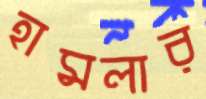
হামলার